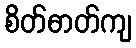
စိတ်ဓာတ်ကျ